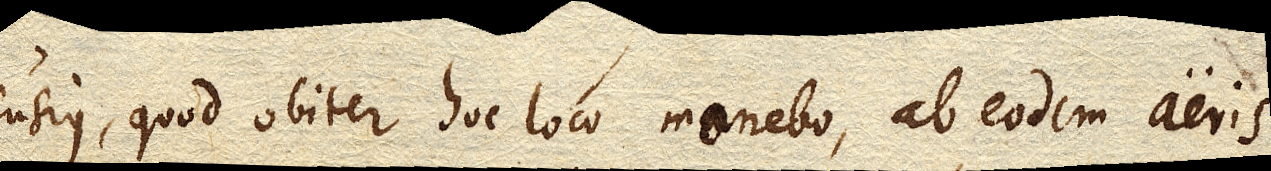
fusius, quod obiter hoc loco monebo, ab eodem aeris